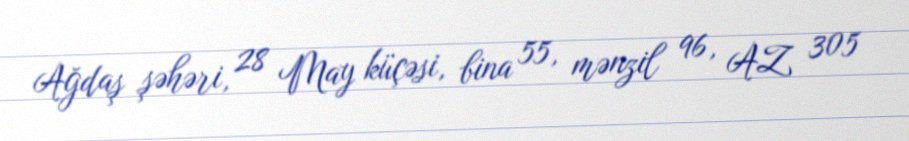
Ağdaş şəhəri, 28 May küçəsi, bina 55, mənzil 96, AZ 305